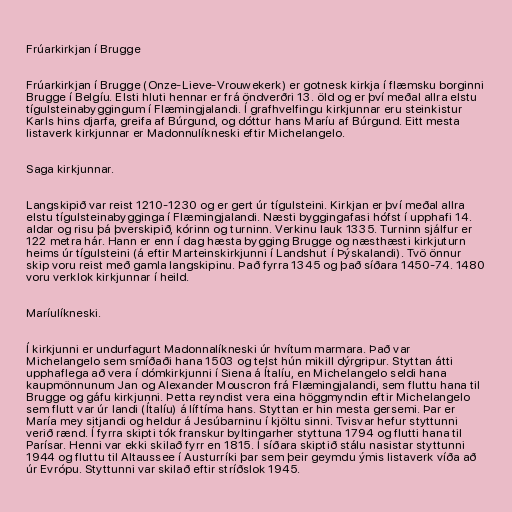
Frúarkirkjan í Brugge

Frúarkirkjan í Brugge (Onze-Lieve-Vrouwekerk) er gotnesk kirkja í flæmsku borginni
Brugge í Belgíu. Elsti hluti hennar er frá öndverðri 13. öld og er því meðal allra elstu
tígulsteinabyggingum í Flæmingjalandi. Í grafhvelfingu kirkjunnar eru steinkistur
Karls hins djarfa, greifa af Búrgund, og dóttur hans Maríu af Búrgund. Eitt mesta
listaverk kirkjunnar er Madonnulíkneski eftir Michelangelo.

Saga kirkjunnar.

Langskipið var reist 1210-1230 og er gert úr tígulsteini. Kirkjan er því meðal allra
elstu tígulsteinabygginga í Flæmingjalandi. Næsti byggingafasi hófst í upphafi 14.
aldar og risu þá þverskipið, kórinn og turninn. Verkinu lauk 1335. Turninn sjálfur er
122 metra hár. Hann er enn í dag hæsta bygging Brugge og næsthæsti kirkjuturn
heims úr tígulsteini (á eftir Marteinskirkjunni í Landshut í Þýskalandi). Tvö önnur
skip voru reist með gamla langskipinu. Það fyrra 1345 og það síðara 1450-74. 1480
voru verklok kirkjunnar í heild.

Maríulíkneski.

Í kirkjunni er undurfagurt Madonnalíkneski úr hvítum marmara. Það var
Michelangelo sem smíðaði hana 1503 og telst hún mikill dýrgripur. Styttan átti
upphaflega að vera í dómkirkjunni í Siena á Ítalíu, en Michelangelo seldi hana
kaupmönnunum Jan og Alexander Mouscron frá Flæmingjalandi, sem fluttu hana til
Brugge og gáfu kirkjunni. Þetta reyndist vera eina höggmyndin eftir Michelangelo
sem flutt var úr landi (Ítalíu) á líftíma hans. Styttan er hin mesta gersemi. Þar er
María mey sitjandi og heldur á Jesúbarninu í kjöltu sinni. Tvisvar hefur styttunni
verið rænd. Í fyrra skipti tók franskur byltingarher styttuna 1794 og flutti hana til
Parísar. Henni var ekki skilað fyrr en 1815. Í síðara skiptið stálu nasistar styttunni
1944 og fluttu til Altaussee í Austurríki þar sem þeir geymdu ýmis listaverk víða að
úr Evrópu. Styttunni var skilað eftir stríðslok 1945.